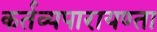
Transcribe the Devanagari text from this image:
कर्तव्यपारायण्ता